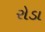
રોડા